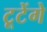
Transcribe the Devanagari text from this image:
टूटेंगे